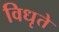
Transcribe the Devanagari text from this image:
विधृते